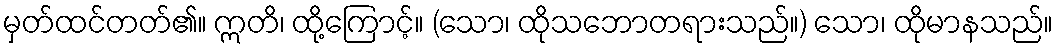
မှတ်ထင်တတ်၏။ ဣတိ၊ ထို့ကြောင့်။ (သော၊ ထိုသဘောတရားသည်။) သော၊ ထိုမာနသည်။